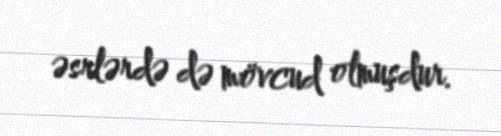
əsrlərdə də mövcud olmuşdur.